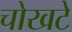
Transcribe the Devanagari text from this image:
चोखटे